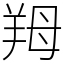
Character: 䍭